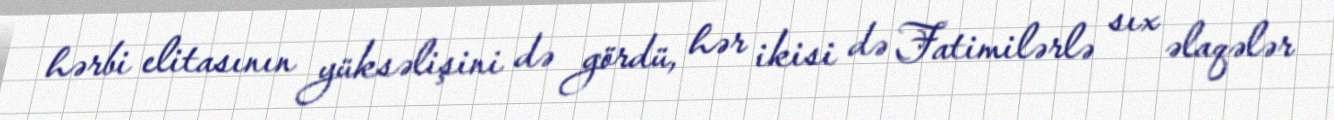
hərbi elitasının yüksəlişini də gördü, hər ikisi də Fatimilərlə sıx əlaqələr